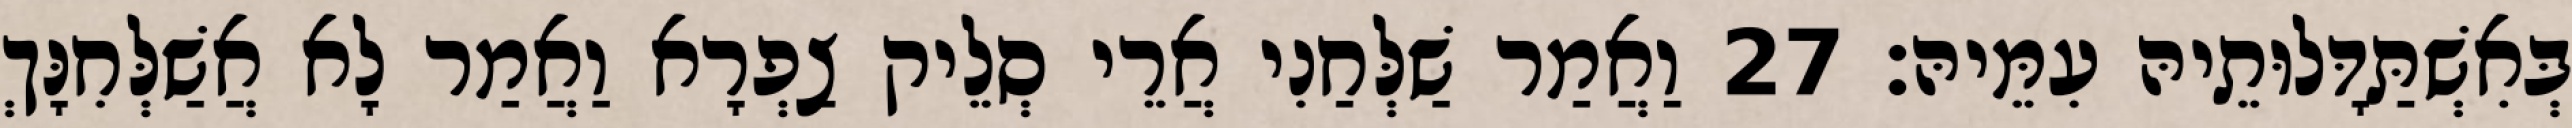
בְּאִשְׁתַּדָּלוּתֵיהּ עִמֵּיהּ׃ 27 וַאֲמַר שַׁלְּחַנִי אֲרֵי סְלֵיק צַפְרָא וַאֲמַר לָא אֲשַׁלְּחִנָּךְ